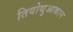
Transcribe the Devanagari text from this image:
तियोथुआकान